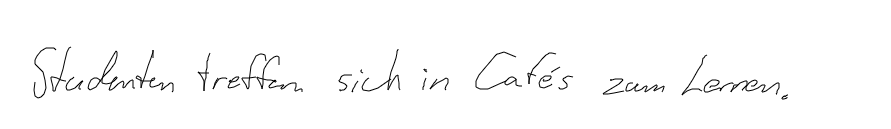
Studenten treffen sich in Cafés zum Lernen.